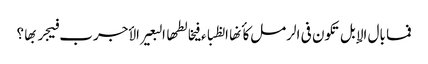
فما بال الإبل تکون فی الرمل کأنها الظباء فیخالطها البعیر الأجرب فیجربها ؟